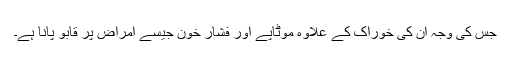
جس کی وجہ ان کی خوراک کے علاوہ موٹاپے اور فشار خون جیسے امراض پر قابو پانا ہے۔